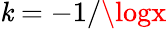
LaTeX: \mathit{k}=-1/\logx